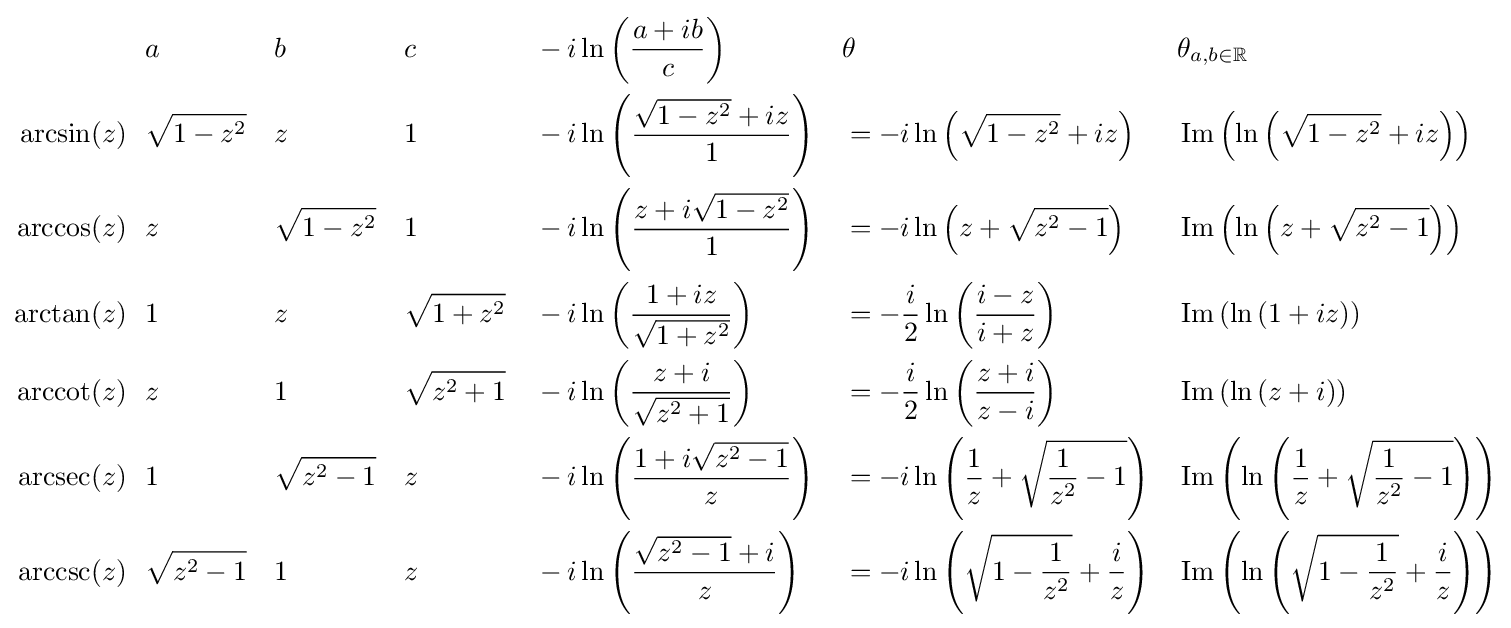
{\begin{aligned}&a&&b&&c&&-i\ln \left({\frac {a+ib}{c}}\right)&&\theta &&\theta _{a,b\in \mathbb {R} }\\\arcsin(z)\ \ &{\sqrt {1-z^{2}}}&&z&&1&&-i\ln \left({\frac {{\sqrt {1-z^{2}}}+iz}{1}}\right)&&=-i\ln \left({\sqrt {1-z^{2}}}+iz\right)&&\operatorname {Im} \left(\ln \left({\sqrt {1-z^{2}}}+iz\right)\right)\\\arccos(z)\ \ &z&&{\sqrt {1-z^{2}}}&&1&&-i\ln \left({\frac {z+i{\sqrt {1-z^{2}}}}{1}}\right)&&=-i\ln \left(z+{\sqrt {z^{2}-1}}\right)&&\operatorname {Im} \left(\ln \left(z+{\sqrt {z^{2}-1}}\right)\right)\\\arctan(z)\ \ &1&&z&&{\sqrt {1+z^{2}}}&&-i\ln \left({\frac {1+iz}{\sqrt {1+z^{2}}}}\right)&&=-{\frac {i}{2}}\ln \left({\frac {i-z}{i+z}}\right)&&\operatorname {Im} \left(\ln \left(1+iz\right)\right)\\\operatorname {arccot} (z)\ \ &z&&1&&{\sqrt {z^{2}+1}}&&-i\ln \left({\frac {z+i}{\sqrt {z^{2}+1}}}\right)&&=-{\frac {i}{2}}\ln \left({\frac {z+i}{z-i}}\right)&&\operatorname {Im} \left(\ln \left(z+i\right)\right)\\\operatorname {arcsec} (z)\ \ &1&&{\sqrt {z^{2}-1}}&&z&&-i\ln \left({\frac {1+i{\sqrt {z^{2}-1}}}{z}}\right)&&=-i\ln \left({\frac {1}{z}}+{\sqrt {{\frac {1}{z^{2}}}-1}}\right)&&\operatorname {Im} \left(\ln \left({\frac {1}{z}}+{\sqrt {{\frac {1}{z^{2}}}-1}}\right)\right)\\\operatorname {arccsc} (z)\ \ &{\sqrt {z^{2}-1}}&&1&&z&&-i\ln \left({\frac {{\sqrt {z^{2}-1}}+i}{z}}\right)&&=-i\ln \left({\sqrt {1-{\frac {1}{z^{2}}}}}+{\frac {i}{z}}\right)&&\operatorname {Im} \left(\ln \left({\sqrt {1-{\frac {1}{z^{2}}}}}+{\frac {i}{z}}\right)\right)\\\end{aligned}}